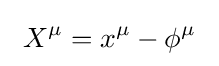
\ X^{\mu }=x^{\mu }-\phi ^{\mu }\